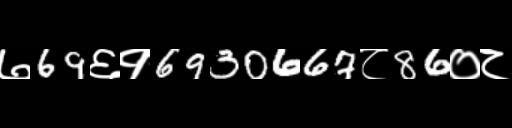
Text: ७69६१6930667८86०८